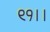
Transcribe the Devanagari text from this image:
९१।।